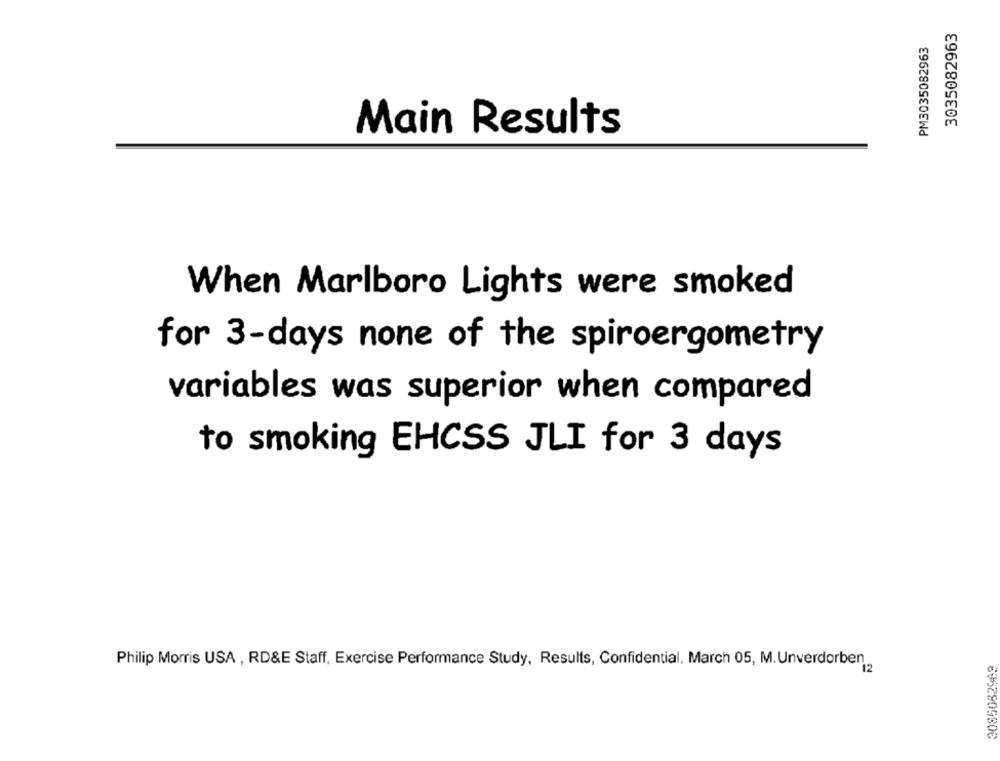
3035082963
PM3035082963
Main Results
When Marlboro Lights were smoked
for 3-days none of the spiroergometry
variables was superior when compared
to smoking EHCSS JLI for 3 days
Philip Morris USA , RD&E Staff, Exercise Performance Study, Results, Confidential, March 05, M.Unverdorben
3085082969